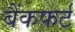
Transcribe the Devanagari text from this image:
बैंकफर्ट